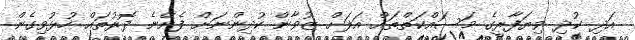
އަދި ކުދި ވިޔަފާރީގެ މަސައްކަތްތައް އަލަށް ޒުވާން ކުދިންނަށް ފެށޭނެ ދޮރުތައް ހުޅުވިގެން